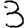
Digit: 3